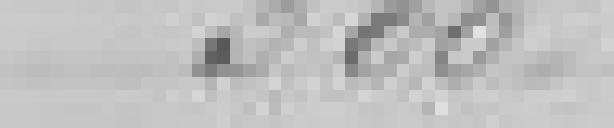
300